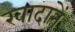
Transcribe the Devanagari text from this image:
खादानें